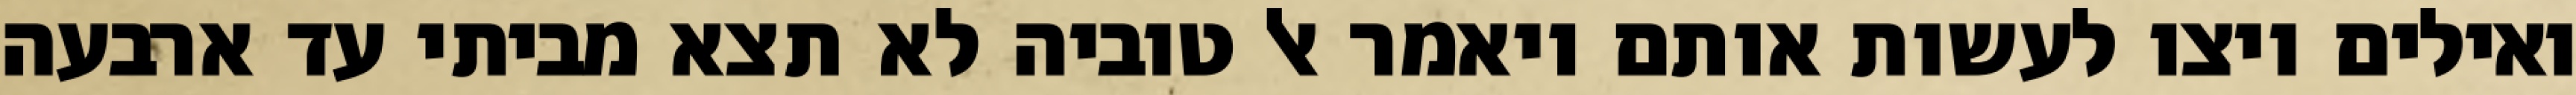
ואילים ויצו לעשות אותם ויאמר אל טוביה לא תצא מביתי עד ארבעה